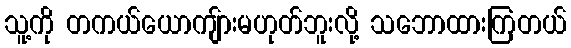
သူ့ကို တကယ်ယောကျ်ားမဟုတ်ဘူးလို့ သဘောထားကြတယ်